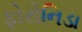
ફોરોનિડા